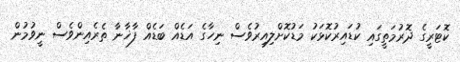
ކޮޓަރީގެ ދޮރުމަތީގައި ކުޑައިރުކޮޅަކު މަޑުކޮށްލިއިރުވެސް ނިހާގެ އަޑެއް ބަޑެއް ފާޚާނާ ތެރެއިންވެސް ނީވުމުން